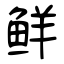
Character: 鲜